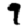
Digit: 9